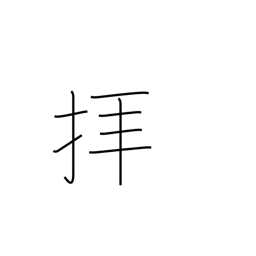
Meaning: pray to